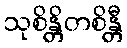
သုစိန္တိတစိန္တီ